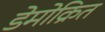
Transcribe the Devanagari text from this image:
डेमोक्रित